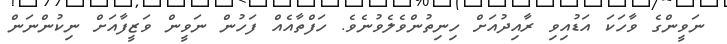
ނަވީންގެ ވާހަކަ އަޑުއިވި ރާއިދުއަށް ހިނިތުންވެލެވުނެވެ. ހަފްތާއެއް ފަހުން ނަވީން ވަޒީފާއަށް ނިކުންނަން